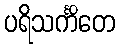
ပရိသင်္ကိတေ